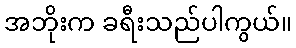
အဘိုးက ခရီးသည်ပါကွယ်။